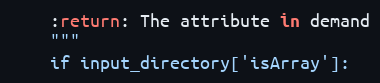
Language: Python
    :return: The attribute in demand
    """
    if input_directory['isArray']: